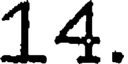
14.